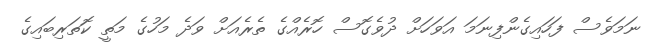
ނަމަވެސް ފަހައިގެންފިނަމަ އަވަހަށް ދުވެގޮސް ހޮރެއްގެ ތެރެއަށް ވަދެ މަހުގެ މަތީ ކޮަތަރިބައިގެ